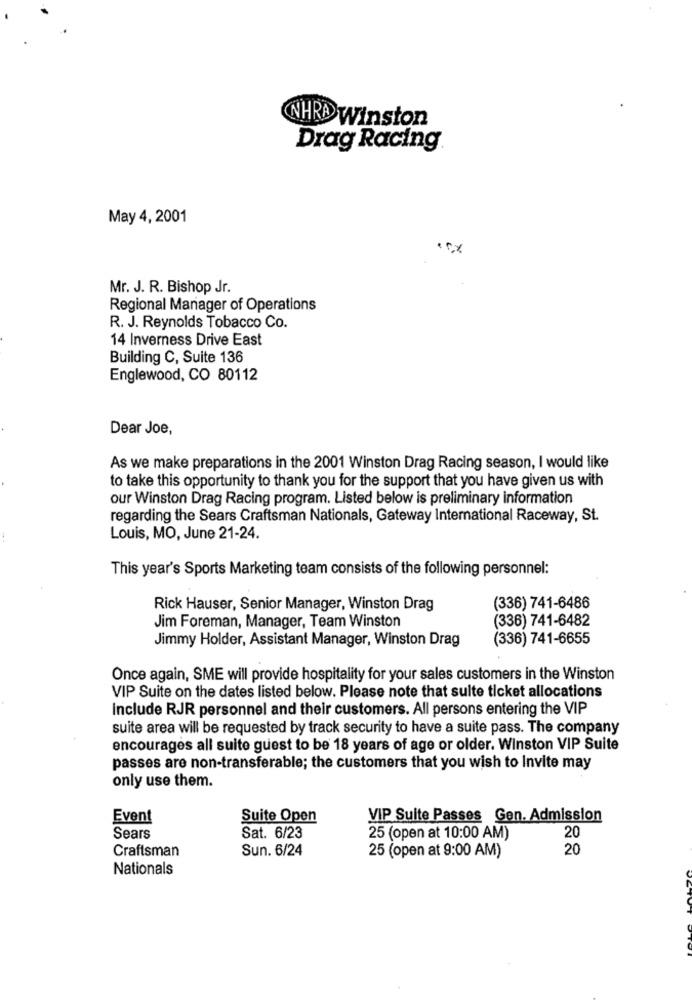
NHRA Winston
Drag Racing
May 4, 2001
.. x
Mr. J. R. Bishop Jr.
Regional Manager of Operations
R. J. Reynolds Tobacco Co.
14 Inverness Drive East
Building C, Suite 136
Englewood, CO 80112
Dear Joe,
As we make preparations in the 2001 Winston Drag Racing season, I would like
to take this opportunity to thank you for the support that you have given us with
our Winston Drag Racing program. Listed below is preliminary information
regarding the Sears Craftsman Nationals, Gateway International Raceway, St.
Louis, MO, June 21-24.
This year's Sports Marketing team consists of the following personnel:
Rick Hauser, Senior Manager, Winston Drag
(336) 741-6486
(336) 741-6482
Jim Foreman, Manager, Team Winston
Jimmy Holder, Assistant Manager, Winston Drag
(336) 741-6655
Once again, SME will provide hospitality for your sales customers in the Winston
VIP Suite on the dates listed below. Please note that sulte ticket allocations
Include RJR personnel and their customers. All persons entering the VIP
suite area will be requested by track security to have a suite pass. The company
encourages all suite guest to be 18 years of age or older. Winston VIP Suite
passes are non-transferable; the customers that you wish to Invite may
only use them.
Event
Suite Open
VIP Suite Passes Gen. Admission
20
Sears
Sat. 6/23
25 (open at 10:00 AM)
Craftsman
Sun. 6/24
20
25 (open at 9:00 AM)
Nationals